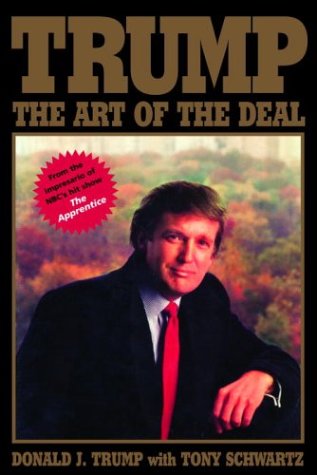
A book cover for Trump: The Art of the Deal; Donald J. Trump; Business & Money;